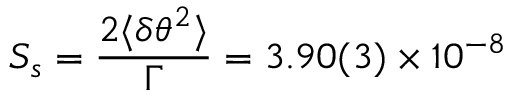
S _ { s } = \frac { 2 \langle \delta \theta ^ { 2 } \rangle } { \Gamma } = 3 . 9 0 ( 3 ) \times 1 0 ^ { - 8 }